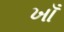
ખાઁ